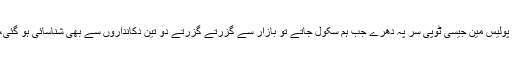
ملیشیا کی شلوار قمیص ہمارایونیفارم تھی اور پولیس مین جیسی ٹوپی سر پہ دھرے جب ہم سکول جاتے تو بازار سے گزرتے گزرتے دو تین دکانداروں سے بھی شناسائی ہو گئی،اور آتے جاتے سلام دعا ہمارا معمول ٹھہری۔